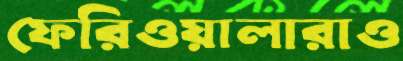
ফেরিওয়ালারাও